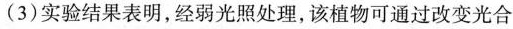
(3) 实验结果表明，经弱光照处理，该植物可通过改变光合